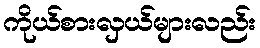
ကိုယ်စားလှယ်များလည်း